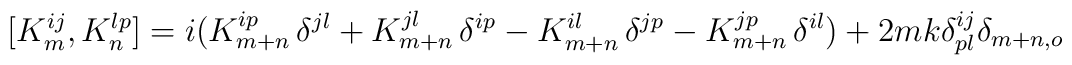
[ K_m^{ij} , K_n^{lp}] = i (K_{m+n}^{ip}\, \delta ^{jl} +K_{m+n}^{jl}\, \delta ^{ip} -K_{m+n}^{il}\, \delta ^{jp}- K_{m+n}^{jp}\,\delta ^{il}) +2mk\delta_{pl} ^{ij}\delta_{m+n,o}